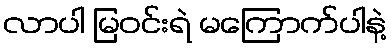
လာပါ မြဝင်းရဲ မကြောက်ပါနဲ့